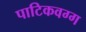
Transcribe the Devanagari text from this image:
पाटिकवग्ग